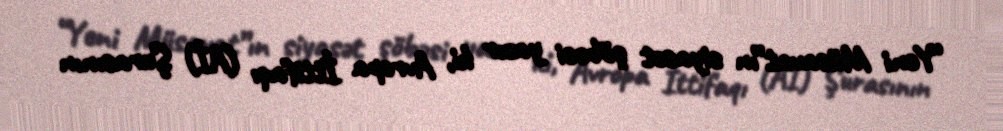
“Yeni Müsavat”ın siyasət şöbəsi yazır ki, Avropa İttifaqı (Aİ) Şurasının